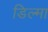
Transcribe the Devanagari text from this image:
डिल्मा